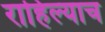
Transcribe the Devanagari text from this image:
राहिल्याच